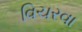
વિચરવા